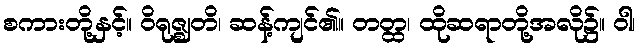
စကားတို့နှင့်။ ဝိရုဇ္ဈတိ၊ ဆန့်ကျင်၏။ တတ္ထ၊ ထိုဆရာတို့အလို၌။ ဝါ၊